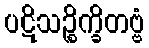
ပဋိသဉ္စိက္ခိတဗ္ဗံ